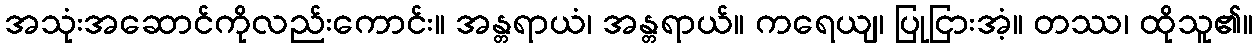
အသုံးအဆောင်ကိုလည်းကောင်း။ အန္တရာယံ၊ အန္တရာယ်။ ကရေယျ၊ ပြုငြားအံ့။ တဿ၊ ထိုသူ၏။